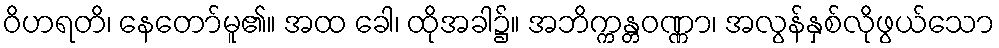
ဝိဟရတိ၊ နေတော်မူ၏။ အထ ခေါ၊ ထိုအခါ၌။ အဘိက္ကန္တဝဏ္ဏာ၊ အလွန်နှစ်လိုဖွယ်သော